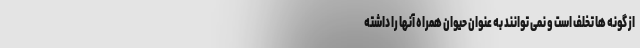
از گونه ها تخلف است و نمی توانند به عنوان حیوان همراه آنها را داشته